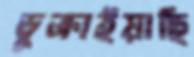
ডুক্‌রাইয়াছি